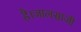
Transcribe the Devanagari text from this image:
है।जालसाजी